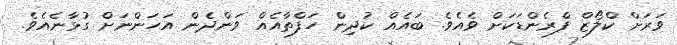
ވަރަށް ކްލޯޒް ފްރެންޑަކަށް ވެއެވެ. ބަައެއް ކުދިން ހަފްތާއެއް ވަންދެން އަހަންނަށް ގުޅާނެއެވެ.